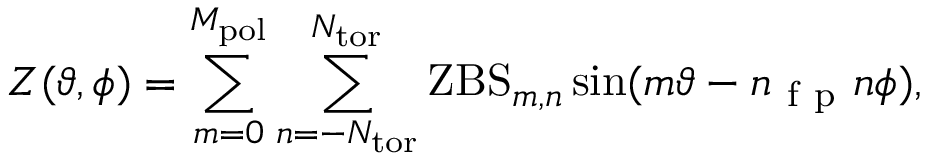
Z ( \vartheta , \phi ) = \sum _ { m = 0 } ^ { M _ { \mathrm { p o l } } } \sum _ { n = - N _ { \mathrm { t o r } } } ^ { N _ { \mathrm { t o r } } } \mathrm { Z B S } _ { m , n } \sin ( m \vartheta - n _ { \mathrm { ~ f ~ p ~ } } n \phi ) ,